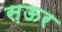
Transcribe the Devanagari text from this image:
स़ऊर